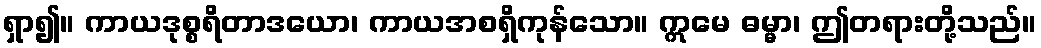
ရှာ၍။ ကာယဒုစ္စရိတာဒယော၊ ကာယအစရှိကုန်သော။ ဣမေ ဓမ္မာ၊ ဤတရားတို့သည်။